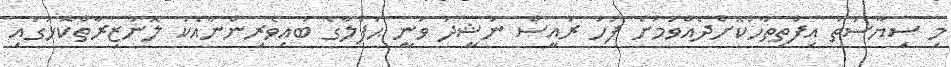
މި ސިޔާސަތު އިފްތިތާހުކޮށްދެއްވުމަށް ފަހު ރައީސް ނަޝީދު ވަނީ ޙަފްލާގެ ބައިވެރިންނާއެކު ލޮނުޒިރާތްކޮޅުގައި